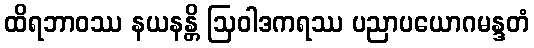
ထိရဘာဝဿ နယနန္တိ ဩဝါဒကရဿ ပညာပယောဂမန္ဒတံ